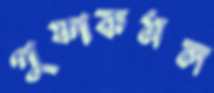
পুষ্পকমল